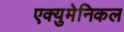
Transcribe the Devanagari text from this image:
एक्युमेनिकल